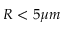
R < 5 \mu m